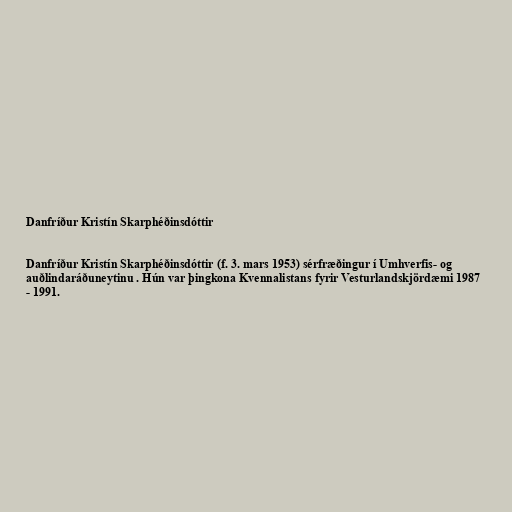
Danfríður Kristín Skarphéðinsdóttir

Danfríður Kristín Skarphéðinsdóttir (f. 3. mars 1953) sérfræðingur í Umhverfis- og
auðlindaráðuneytinu . Hún var þingkona Kvennalistans fyrir Vesturlandskjördæmi 1987
- 1991.